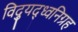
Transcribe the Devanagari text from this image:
विद्युद्ध्वनिग्रह